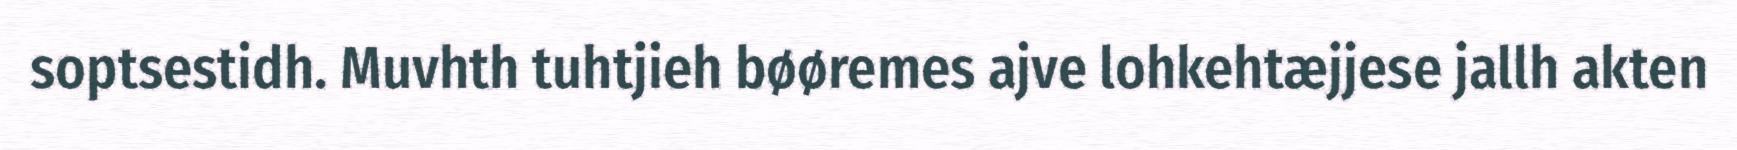
soptsestidh. Muvhth tuhtjieh bøøremes ajve lohkehtæjjese jallh akten